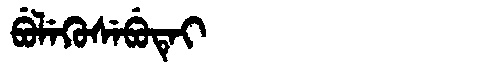
Manchu: ᠪᡠᠯᡝᡴᡠᠰᡝᠪᡠᡨᡝᡳ
Romanization: BULEKUSEBUTEI